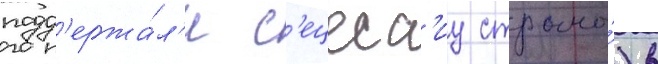
подд'ержа́л'и с'ецесс'иу страны́) в